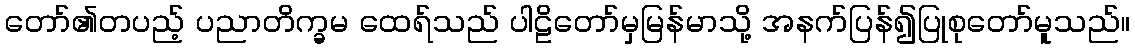
တော်၏တပည့် ပညာတိက္ခမ ထေရ်သည် ပါဠိတော်မှမြန်မာသို့ အနက်ပြန်၍ပြုစုတော်မူသည်။